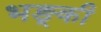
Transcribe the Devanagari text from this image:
भङ्की